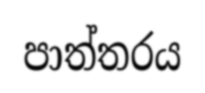
පාත්තරය